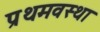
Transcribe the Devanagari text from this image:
प्रथमवस्था